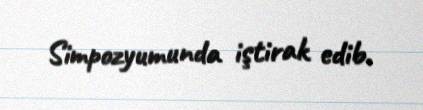
Simpozyumunda iştirak edib.